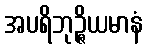
အပရိဘုဉ္ဇိယမာနံ